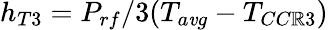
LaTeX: h_{T3}=P_{rf}/3(T_{a\mathit{v}g}-T_{CC\mathbb{R}3})